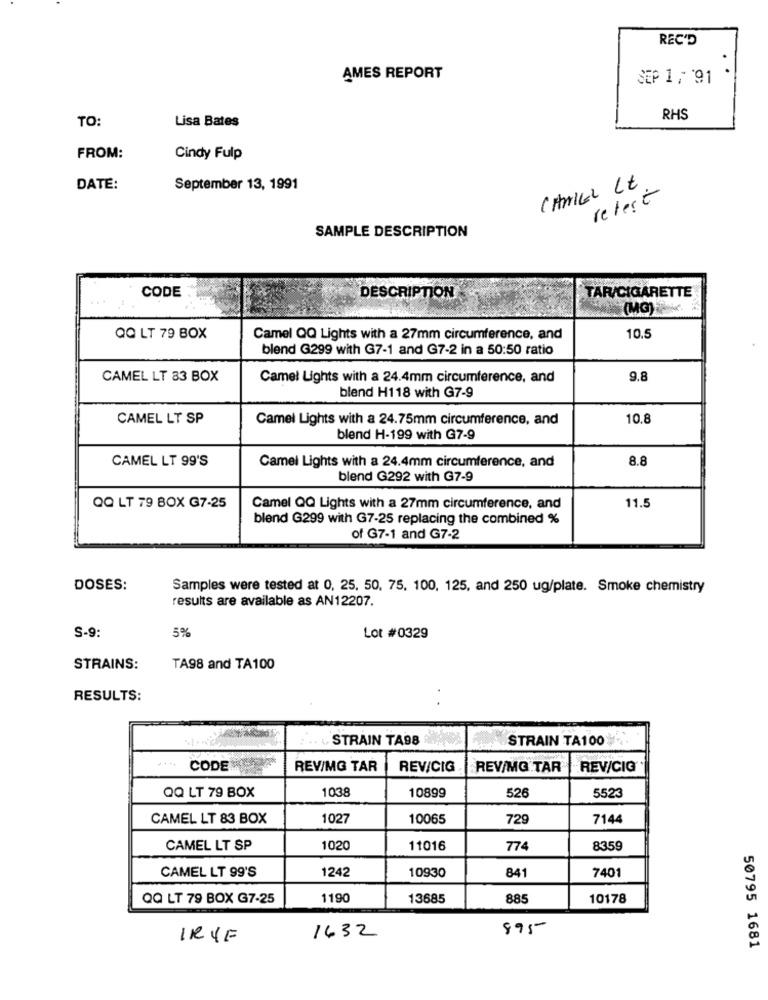
REC'D
.
AMES REPORT
SEP 1, 91
TO:
Lisa Bates
RHS
FROM:
Cindy Fulp
DATE:
September 13, 1991
CHMIEL Lt
retest
SAMPLE DESCRIPTION
CODE
TAR/CIGARETTE
DESCRIPTION
(MG).
10.5
QQ LT 79 BOX
Camel QQ Lights with a 27mm circumference, and
blend G299 with G7-1 and G7-2 in a 50:50 ratio
CAMEL LT 33 BOX
Camel Lights with a 24.4mm circumference, and
9.8
blend H118 with G7-9
CAMEL LT SP
Camel Lights with a 24.75mm circumference, and
10.8
blend H-199 with G7-9
CAMEL LT 99'S
Camel Lights with a 24.4mm circumference, and
8.8
blend G292 with G7-9
QQ LT 79 BOX G7-25
11.5
Camel QQ Lights with a 27mm circumference, and
blend G299 with G7-25 replacing the combined %
of G7-1 and G7-2
DOSES:
Samples were tested at 0, 25, 50, 75, 100, 125, and 250 ug/plate. Smoke chemistry
results are available as AN12207.
5%
S-9:
Lot #0329
STRAINS:
TA98 and TA100
RESULTS:
L. STRAIN TA98
STRAIN TA100
CODE
REV/MG TAR
REV/CIG
REV/MG TAR
REV/CIG
QQ LT 79 BOX
1038
526
10899
5523
CAMEL LT 83 BOX
1027
10065
729
7144
CAMEL LT SP
1020
11016
774
8359
CAMEL LT 99'S
1242
10930
841
7401
QQ LT 79 BOX G7-25
1190
13685
885
10178
895
IRYE
1632
50795 1681